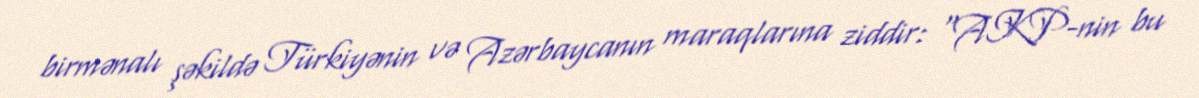
birmənalı şəkildə Türkiyənin və Azərbaycanın maraqlarına ziddir: “AKP-nin bu